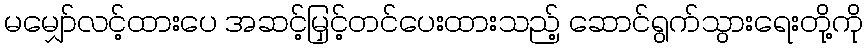
မမျှော်လင့်ထားပေ အဆင့်မြှင့်တင်ပေးထားသည့် ဆောင်ရွက်သွားရေးတို့ကို